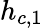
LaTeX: h_{c,1}